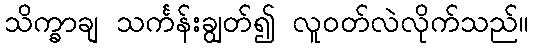
သိက္ခာချ သင်္ကန်းချွတ်၍ လူဝတ်လဲလိုက်သည်။